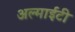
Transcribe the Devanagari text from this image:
अल्माईटी